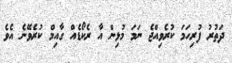
ދަތުރު ފުރިހަމަ ކުރެވިއްޖެ ނަމަ މުޅިން އާ ރެކޯޑެއް ގާއިމް ކުރެވޭނެ އެވެ